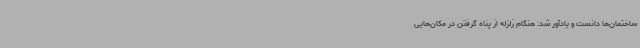
ساختمان‌ها دانست و یادآور شد: هنگام زلزله از پناه گرفتن در مکان‌هایی